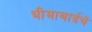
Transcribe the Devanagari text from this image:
भीमाबाईचे